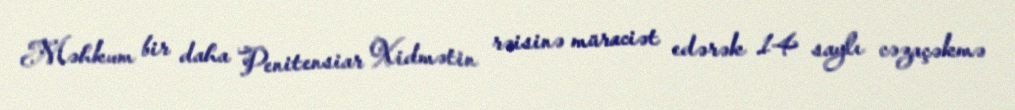
Məhkum bir daha Penitensiar Xidmətin rəisinə müraciət edərək 14 saylı cəzaçəkmə